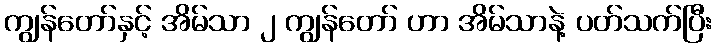
ကျွန်တော်နှင့် အိမ်သာ ၂ ကျွန်တော် ဟာ အိမ်သာနဲ့ ပတ်သက်ပြီး